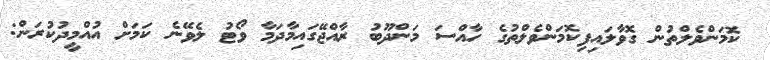
ކޮމަންވެލްތުން ގޮވާލައިފިކޮމަންވެލްތުގެ ހާއްސަ މަންދޫބު ރާއްޖޭގައިމާދަމާ ވޯޓު ލެވޭނެ ކަމަށް އުއްމީދުކުރަން: